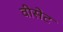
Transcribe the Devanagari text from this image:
वीसेट